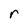
Character: r